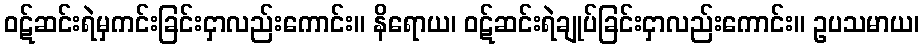
ဝဋ်ဆင်းရဲမှကင်းခြင်းငှာလည်းကောင်း။ နိရောယ၊ ဝဋ်ဆင်းရဲချုပ်ခြင်းငှာလည်းကောင်း။ ဥပသမာယ၊